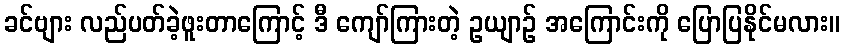
ခင်ဗျား လည်ပတ်ခဲ့ဖူးတာကြောင့် ဒီ ကျော်ကြားတဲ့ ဥယျာဉ် အကြောင်းကို ပြောပြနိုင်မလား။